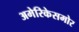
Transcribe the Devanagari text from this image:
अमेरिकेसमोर